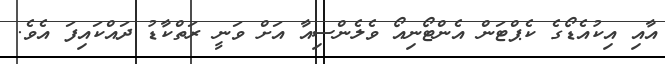
އާއި އިކުއެޑޯގެ ކެޕްޓަން އެންޓޯނިއޯ ވެލެންސިއާ އަށް ވަނީ ރަތްކާޑު ދައްކައިފަ އެވެ.